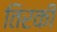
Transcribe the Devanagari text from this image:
तिरकी